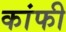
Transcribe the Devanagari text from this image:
कांफी